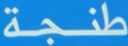
طنجة